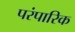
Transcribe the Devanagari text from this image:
परंपारिक